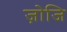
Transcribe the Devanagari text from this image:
ज़ोजि